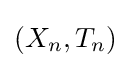
(X_{n},T_{n})